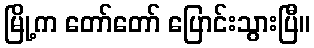
မြို့က တော်တော် ပြောင်းသွားပြီ။